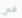
في